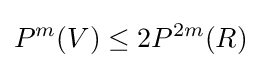
P^{m}(V)\leq 2P^{2m}(R)